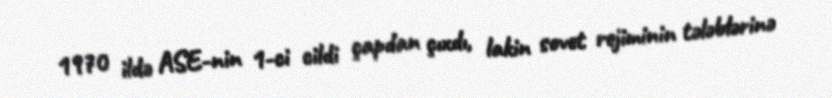
1970 ildə ASE-nin 1-ci cildi çapdan çıxdı, lakin sovet rejiminin tələblərinə